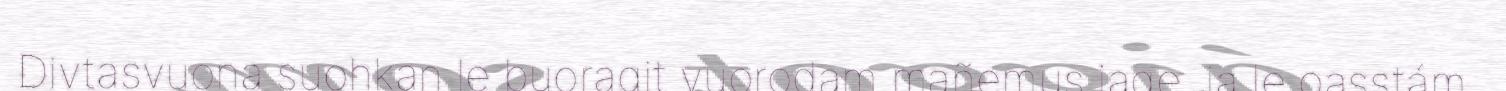
Divtasvuona suohkan le buoragit vuorodam mañemus jage, ja le oasstám